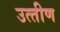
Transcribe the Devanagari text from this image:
उत्‍तीण